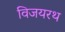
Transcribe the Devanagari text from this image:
विजयरथ